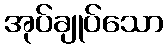
အုပ်ချုပ်သော